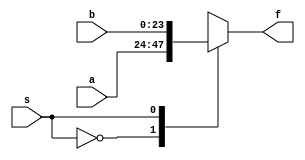
module Multiplexer24(a,b,s,f);
	input [23:0]a;
	input [23:0]b;
	input s;
	output reg [23:0]f;
	//Declare inputs and output.
	
	always@(a, b, s)
		case(s)
			0 : f[23:0] <= a[23:0];
			1 : f[23:0] <= b[23:0];
		endcase
	//Assign values based on the switch.
	
endmodule